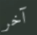
آخر